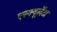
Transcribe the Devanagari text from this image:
एस्क्यूलेंटा